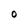
Character: 0